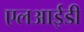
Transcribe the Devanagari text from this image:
एलआईडी